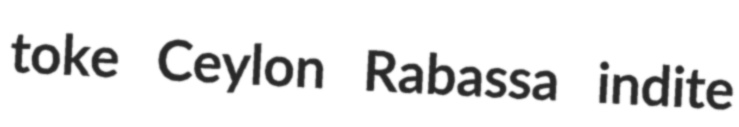
toke Ceylon Rabassa indite